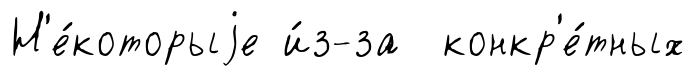
Н'е́которыjе и́з-за конкр'е́тных